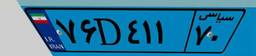
۷۶D۴۱۱۷۰